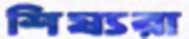
শিষ্যরা